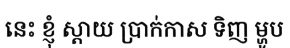
នេះ ខ្ញុំ ស្តាយ ប្រាក់កាស ទិញ ម្ហូប